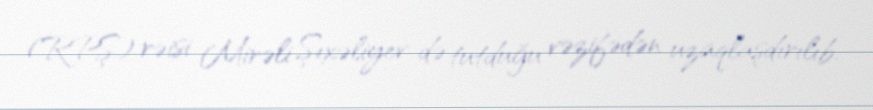
(RPŞ) rəisi Mirəli Şıxəliyev də tutduğu vəzifədən uzaqlaşdırılıb.